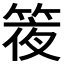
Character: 𥯊